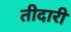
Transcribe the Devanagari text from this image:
तीदारी